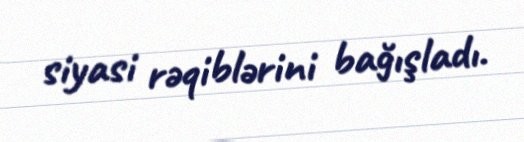
siyasi rəqiblərini bağışladı.